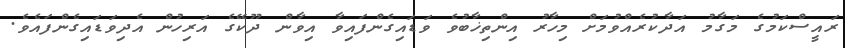
ރައީސްކަމުގެ މަގާމު އަދާކުރެއްވުމަށް މިހާރު އިންތިޚާބުވެ ވަޑައިގެންފައިވާ އިވާން ދޫކޭގެ އަރިހުން އެދިވަޑައިގެންފައެވެ.